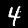
Digit: 4